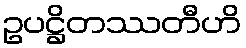
ဥပဋ္ဌိတဿတီဟိ